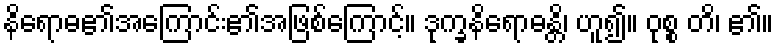
နိရောဓ၏အကြောင်း၏အဖြစ်ကြောင့်။ ဒုက္ခနိရောဓန္တိ၊ ဟူ၍။ ဝုစ္စ တိ၊ ၏။